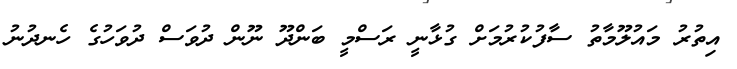
އިތުރު މައުލޫމާތު ސާފުކުރުމަށް ގުޅާނީ ރަސްމީ ބަންދޫ ނޫން ދުވަސް ދުވަހުގެ ހެނދުނު